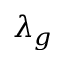
\lambda _ { g }